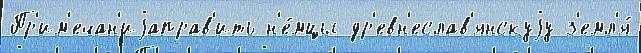
Пр'им'ечан'иjаправ'ить н'е́мцы др'евн'еслав'янскуjу з'емл'я́